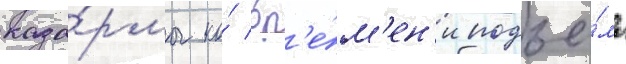
каза́рмы ко́ вр'е́м'ен'и подъё́ма